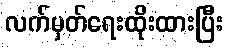
လက်မှတ်ရေးထိုးထားပြီး